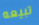
تبيعه